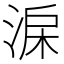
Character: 淭